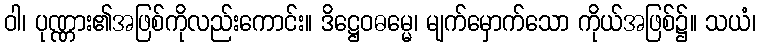
ဝါ၊ ပုဏ္ဏား၏အဖြစ်ကိုလည်းကောင်း။ ဒိဋ္ဌေဝဓမ္မေ၊ မျက်မှောက်သော ကိုယ်အဖြစ်၌။ သယံ၊